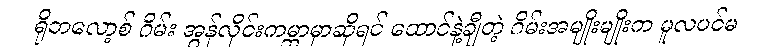
ရိုဘလော့စ် ဂိမ်း အွန်လိုင်းကမ္ဘာမှာဆိုရင် ထောင်နဲ့ချီတဲ့ ဂိမ်းအမျိုးမျိုးက မူလပင်မ